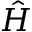
\hat { H }